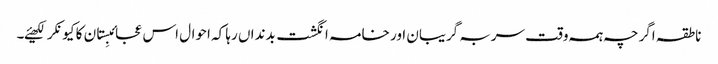
ناطقہ اگرچہ ہمہ وقت سربہ گریبان اور خامہ انگشت بدنداں رہا کہ احوال اس عجائبِستان کا کیونکر لکھیئے۔